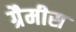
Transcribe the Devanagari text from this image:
ग्रैमीस